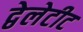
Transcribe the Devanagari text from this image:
द्वेलेटीट